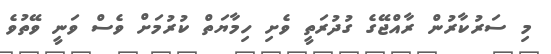
މި ސަރުކާރުން ރާއްޖޭގެ ގުދުރަތީ ވެށި ހިމާޔަތް ކުރުމަށް ވެސް ވަނީ ވޭތުވެ